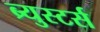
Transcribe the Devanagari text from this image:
ब्र्युस्टर्स